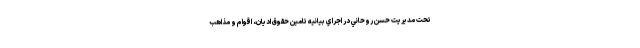
تحت مديريت حسن روحاني در اجراي بيانيه تامين حقوق اديان، اقوام و مذاهب